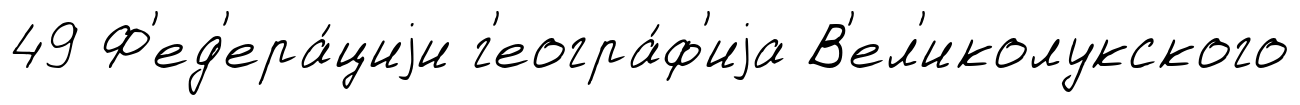
49 Ф'ед'ера́циjи г'еогра́ф'иjа В'ел'иколукского